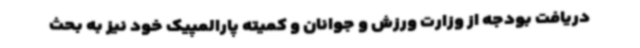
دریافت بودجه از وزارت ورزش و جوانان و کمیته پارالمپیک خود نیز به بحث